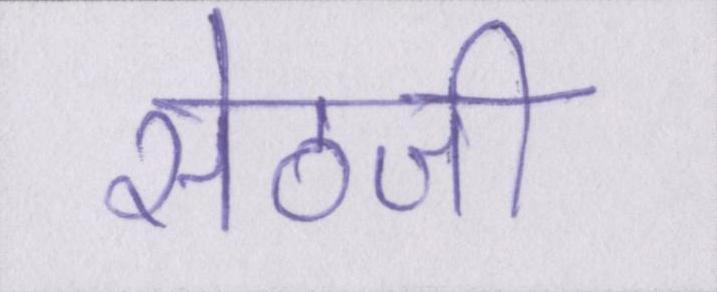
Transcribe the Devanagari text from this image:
सेठजी